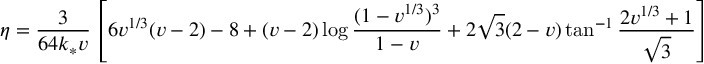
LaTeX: \eta = \frac { 3 } { 6 4 k _ { * } v } \left[ 6 v ^ { 1 / 3 } ( v - 2 ) - 8 + ( v - 2 ) \log \frac { ( 1 - v ^ { 1 / 3 } ) ^ { 3 } } { 1 - v } + 2 \sqrt { 3 } ( 2 - v ) \tan ^ { - 1 } \frac { 2 v ^ { 1 / 3 } + 1 } { \sqrt { 3 } } \right]